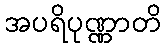
အပရိပုဏ္ဏာတိ